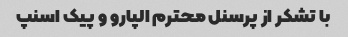
با تشکر از پرسنل محترم الپارو و پیک اسنپ